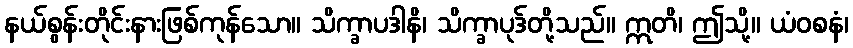
နယ်စွန်းတိုင်းနားဖြစ်ကုန်သော။ သိက္ခာပဒါနိ၊ သိက္ခာပုဒ်တို့သည်။ ဣတိ၊ ဤသို့။ ယံဝစနံ၊